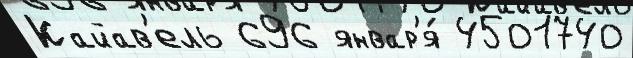
Кайав'ель 696 январ'я́ 4501740